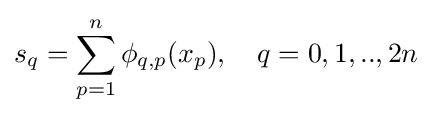
s_{q}=\sum _{p=1}^{n}\phi _{q,p}(x_{p}),\quad q=0,1,..,2n